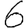
Digit: 6